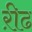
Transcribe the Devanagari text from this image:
ऱीढ